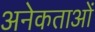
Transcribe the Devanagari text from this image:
अनेकताओं